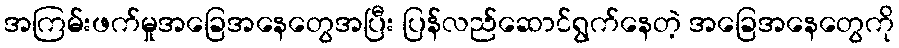
အကြမ်းဖက်မှုအခြေအနေတွေအပြီး ပြန်လည်ဆောင်ရွက်နေတဲ့ အခြေအနေတွေကို